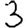
Digit: 3